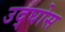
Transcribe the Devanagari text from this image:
उद्घोस